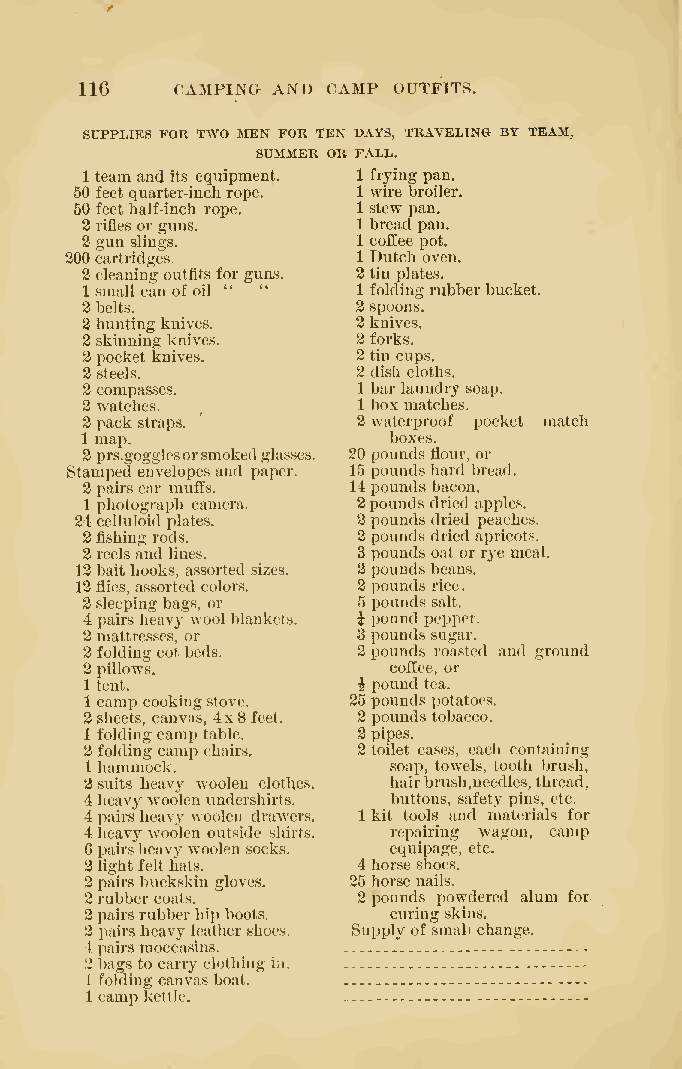
.
 116   CAMPING AND CAMP OUTFITS.
 SUPPLIES FOR TWO MEN FOR TEN DAYS, TRAVELING BY TEAM,
 SUMMER OR FALL.
 1 team andits equipment. 1 fryingpan.
 50 feet quarter-inchrope. 1 wire broiler.
 50 feethalf-inch rope. 1 stew pan.
 3rifles orguns.    1 bread pan.
 2gun slings.       1 coffee pot,
 200cartridges.      1 Dutch oven.
 2cleaningoutfitsforguns. 2 tin plates.
 1 smallcan of oil " " 1 foldingrubberbucket.
 3belts.            2 spoons.
 3huntingknives.    2 knives.
 3skinning knives.  2 forks.
 2pocket knives.    2 tin cups.
 2steels.           2 dish cloths.
 2compasses.        1 bar laundry soap.
 3watches.          1 box matches.
 3packstraps. ^ '   2 waterproof pocket match
 1 map.               boxes.
 2prs.gogglesorsmokedglasses. 20 poundsflour, or
 Stamped envelopes and paper. 15 poundshard bread.
 2pairsear muffs.  14poundsbacon.
 1 photograph camera. 2pounds dried apples,
 24celluloid plates. 2 pounds dried peaches.
 2fishingrods.      2 poundsdried apricots.
 2reelsandlines.    3 pounds ont or rye meal.
 12baithooks, assorted sizes. 2 pounds beans.
 13flies, assorted colors. 2 pounds rice.
 2sleepingbags, or  5 pounds salt.
 4pairsheavywoolblankets. i pound pepper.
 2mattresses, or   3 poundssugar.
 2foldingcotbeds.  2pounds roasted and ground
 2pillows,           coffee, or
 1tent.            ipound tea.
 1 camp cookingstove. 25 poundspotatoes.
 2sheets, canvas, 4x8feet. 2 poundstobacco.
 1 foldingcamptable. 2pipes.
 2foldingcamp chairs. 2 toilet cases, each containing
 1hammock.           soap, towels, tooth brush,
 3suits heavy woolen clothes. hairbrush,needles,thread,
 4heavywoolen undershirts. buttons, safety pins, etc.
 4pairsheavywoolen drawers, 1 kit tools and materials for
 4heavywoolen outside shirts, repairing wagon, camp
 6pairsheavywoolensocks. equipage, etc.
 3lightfelthats.   4horse shoes.
 3pairsbuckskin gloves. 25 horse nails.
 3rubbercoats.     3pounds powdered alum for.
 3pairsrubberhipboots. curingskins.
 3 pairsheavy leathershoes. Supplyofsmall change.
 4pairsmoccasins.
 3bagsto carry clothing in
 1 foldingcanvasboat.
 1 campkettle.